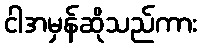
ငါအမှန်ဆိုသည်ကား